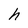
Character: h